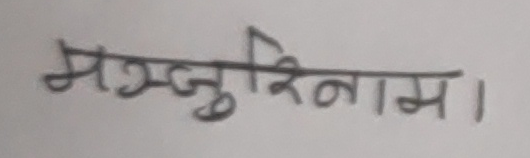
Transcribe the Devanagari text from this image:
मञ्जुरीनाम।